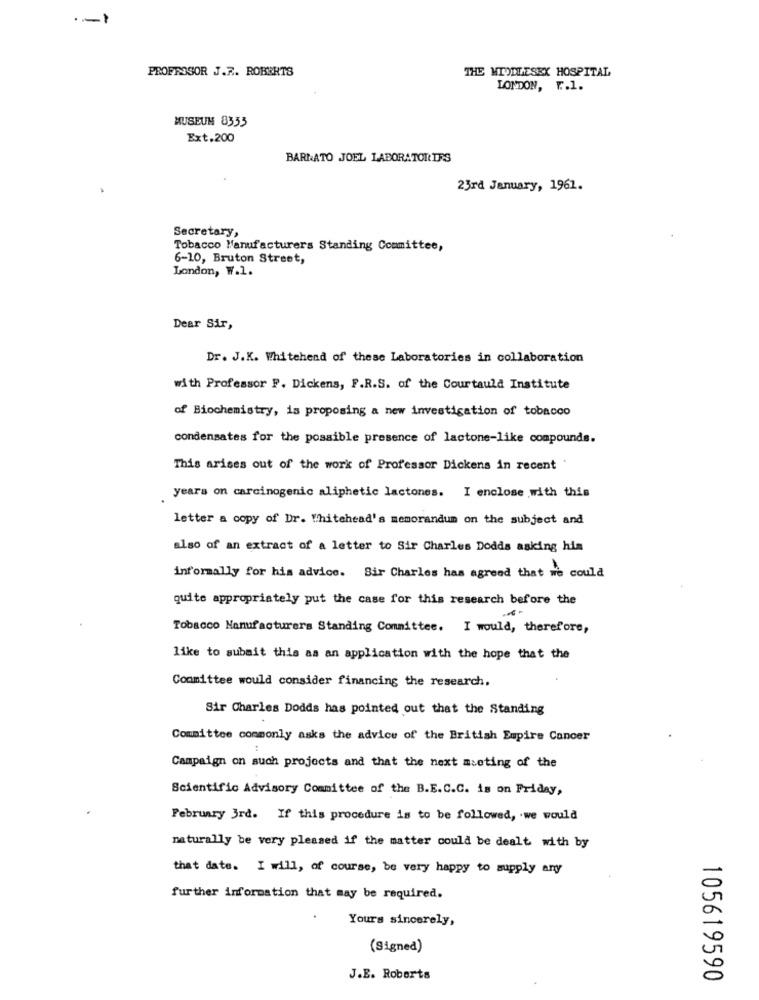
·- 1
PROFESSOR J.F. ROBERTS
THE MIDDLESEX HOSPITAL
LONDON, F .. 1.
MUSEUM 8333
Ext.200
BARNATO JOEL LABORATORIES
23rd January, 1961.
Secretary,
Tobacco Manufacturers Standing Committee,
6-10, Bruton Street,
London, W.1.
Dear Sir,
Dr. J.K. Whitehead of these Laboratories in collaboration
with Professor F. Dickens, F.R.S. of the Courtauld Institute
of Biochemistry, is proposing a new investigation of tobacco
condensates for the possible presence of lactone-like compounds.
This arises out of the work of Professor Dickens in recent
years on carcinogenic aliphetic lactones. I enclose with this
letter a copy of Dr. Whitehead's memorandum on the subject and
also of an extract of a letter to Sir Charles Dodds asking him
informally for his advice. Sir Charles has agreed that we could
quite appropriately put the case for this research before the
Tobacco Manufacturers Standing Committee. I would, therefore,
like to submit this as an application with the hope that the
Committee would consider financing the research.
Sir Charles Dodds has pointed out that the Standing
Committee commonly asks the advice of the British Empire Cancer
Campaign on such projects and that the next meeting of the
Scientific Advisory Committee of the B.E.C.C. is on Friday,
February 3rd. If this procedure is to be followed, . we would
naturally be very pleased if the matter could be dealt with by
that date. I will, of course, be very happy to supply any
further information that may be required.
Yours sincerely,
(Signed)
J.E. Roberts
105619590